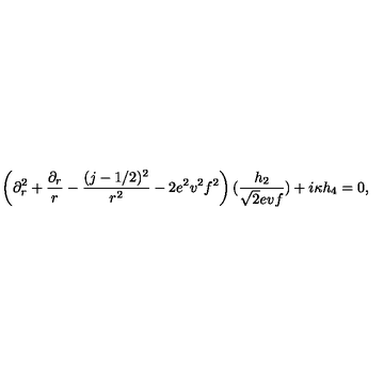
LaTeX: \left( \partial _ { r } ^ { 2 } + { \frac { \partial _ { r } } { r } } - { \frac { ( j - 1 / 2 ) ^ { 2 } } { r ^ { 2 } } } - 2 e ^ { 2 } v ^ { 2 } f ^ { 2 } \right) ( { \frac { h _ { 2 } } { \sqrt { 2 } e v f } } ) + i \kappa h _ { 4 } = 0 ,